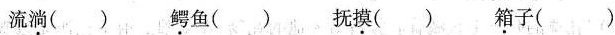
流淌() 鳄鱼()抚摸() 箱子()